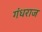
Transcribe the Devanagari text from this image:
गंधराज